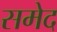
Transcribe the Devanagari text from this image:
समेद